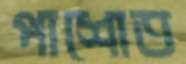
পাশোত